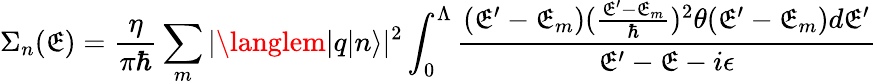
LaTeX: \Sigma_{n}(\mathfrak{E})=\frac{{\eta}}{{\pi\hbar}}\sum_{m}|\langlem|q|n\rangle|^{2}\int_{0}^{\Lambda}\frac{{(\mathfrak{E}^{\prime}-\mathfrak{E}_{m})(\frac{{\mathfrak{E}^{\prime}-\mathfrak{E}_{m}}}{{\hbar}})^{2}\theta(\mathfrak{E}^{\prime}-\mathfrak{E}_{m})d\mathfrak{E}^{\prime}}}{{\mathfrak{E}^{\prime}-\mathfrak{E}-i\epsilon}}